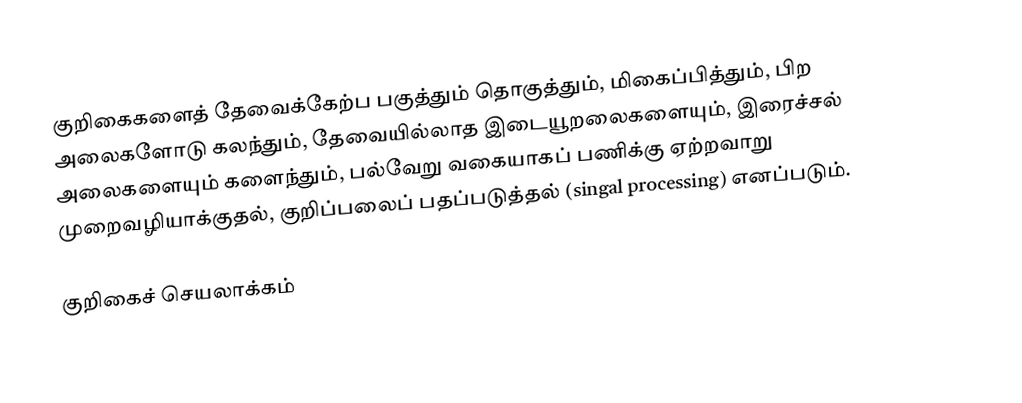
குறிகைகளைத் தேவைக்கேற்ப பகுத்தும் தொகுத்தும், மிகைப்பித்தும், பிற அலைகளோடு கலந்தும், தேவையில்லாத இடையூறலைகளையும், இரைச்சல் அலைகளையும் களைந்தும், பல்வேறு வகையாகப் பணிக்கு ஏற்றவாறு முறைவழியாக்குதல், குறிப்பலைப் பதப்படுத்தல் (singal processing) எனப்படும்.

குறிகைச் செயலாக்கம்